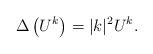
LaTeX: \begin{align*} \Delta \left(U^k\right)= |k |^2 U^k . \end{align*}